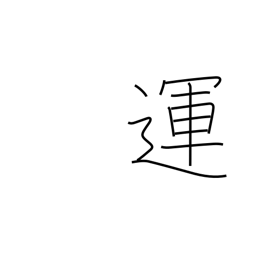
Meaning: destiny